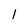
Character: 1